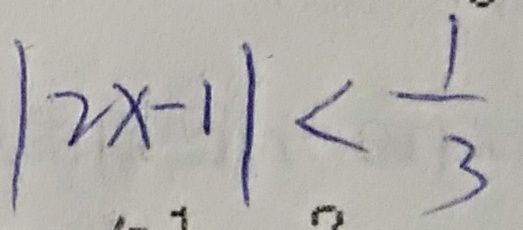
\vert 2 x - 1 \vert < \frac { 1 } { 3 }